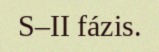
S–II fázis.